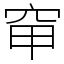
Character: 䆘